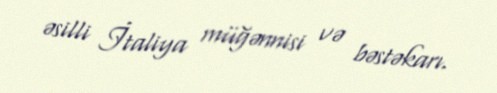
əsilli İtaliya müğənnisi və bəstəkarı.